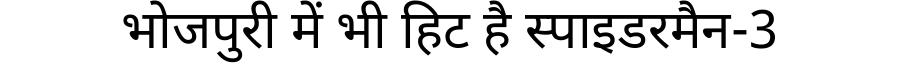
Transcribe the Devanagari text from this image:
भोजपुरी में भी हिट है स्पाइडरमैन-3